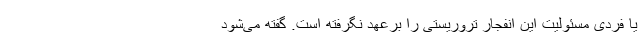
یا فردی مسئولیت این انفجار تروریستی را برعهد نگرفته است. گفته می‌شود